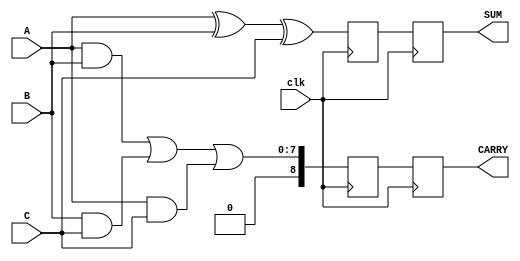
module DynamicCSA (
    input  wire [N-1:0] A,    // Input operand A
    input  wire [N-1:0] B,    // Input operand B
    input  wire [N-1:0] C,    // Input operand C
    input  wire clk,          // Clock signal
    output reg [N-1:0] SUM,   // Sum output
    output reg [N:0] CARRY    // Carry output (N+1 bits)
);

parameter N = 8; // Size of the operands

// Intermediate registers for sum and carry
reg [N-1:0] sum_temp;
reg [N:0] carry_temp;

// Full Adder for three inputs
function [N-1:0] full_adder_3in(input [N-1:0] a, input [N-1:0] b, input [N-1:0] c);
    full_adder_3in = (a ^ b) ^ c; // Sum calculation
endfunction

function [N:0] carry_logic_3in(input [N-1:0] a, input [N-1:0] b, input [N-1:0] c);
    carry_logic_3in = (a & b) | (b & c) | (a & c); // Carry calculation
endfunction

always @(posedge clk) begin
    sum_temp <= full_adder_3in(A, B, C); // Calculate the sum
    carry_temp <= carry_logic_3in(A, B, C); // Calculate the carry
end

// Assigning final outputs
always @(posedge clk) begin
    SUM <= sum_temp;
    CARRY <= carry_temp;
end

endmodule